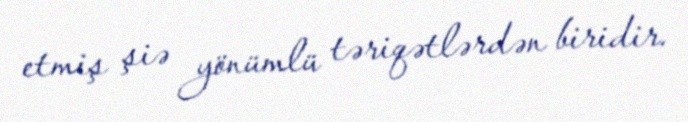
etmiş şiə yönümlü təriqətlərdən biridir.